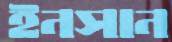
ইনসান